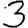
Digit: 3